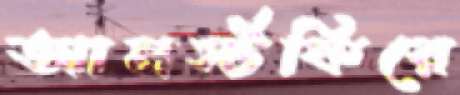
আনর্স্টকিরে